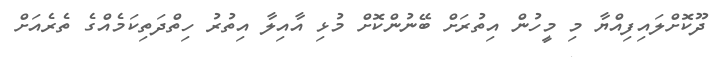
ދޫކޮށްލައިފިއްޔާ މި މީހުން އިތުރަށް ބޭނުންކޮށް މުޅި އާއިލާ އިތުރު ހިތްދަތިކަމެއްގެ ތެރެއަށް